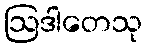
ဩဒါတေသု